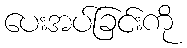
ပေးအပ်ခြင်းကို